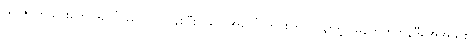
(ရာဇဝတ်သားတွေအပေါ် ညှာတာလွန်းပြီး ရဲတွေအပေါ် တင်းကြပ်လွန်းတဲ့) မန်ဟက်တန်ဒီအေအသစ်